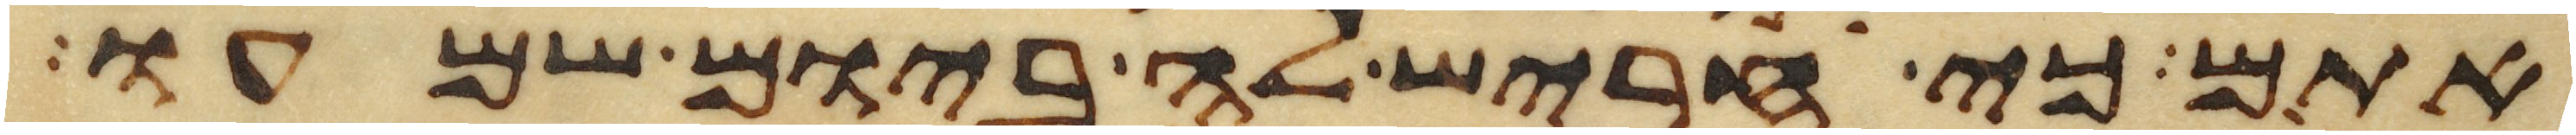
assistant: אתם כי חריש לה ביום שמעו